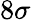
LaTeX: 8\sigma